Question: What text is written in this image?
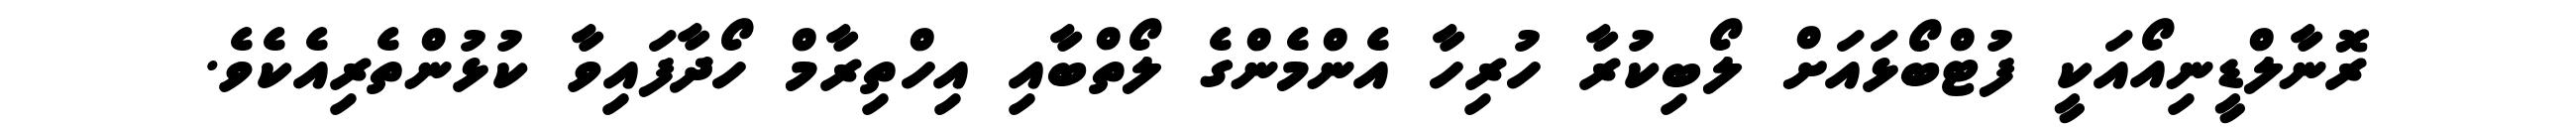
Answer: ރޮނާލްޑީނިއޯއަކީ ފުޓްބޯޅައަށް ލޯބިކުރާ ހުރިހާ އެންމެންގެ ލޯތްބާއި އިހްތިރާމް ހޯދާފައިވާ ކުޅުންތެރިއެކެވެ.